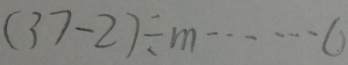
( 3 7 - 2 ) \div m \cdots 0